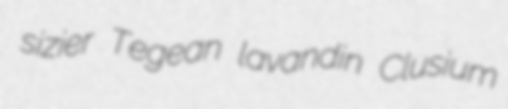
sizier Tegean lavandin Clusium